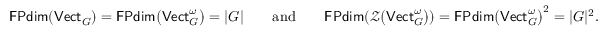
\mathsf { F P d i m } ( \mathsf { V e c t } _ { G } ) = \mathsf { F P d i m } \big ( \mathsf { V e c t } _ { G } ^ { \omega } \big ) = | G | \qquad \mathrm { a n d } \qquad \mathsf { F P d i m } ( \mathcal { Z } \big ( \mathsf { V e c t } _ { G } ^ { \omega } \big ) ) = \mathsf { F P d i m } \big ( \mathsf { V e c t } _ { G } ^ { \omega } \big ) ^ { 2 } = | G | ^ { 2 } .